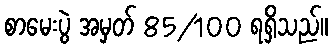
စာမေးပွဲ အမှတ် 85/100 ရရှိသည်။